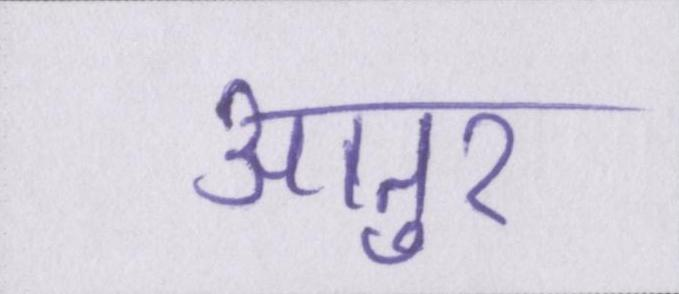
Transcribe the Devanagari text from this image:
आतुर